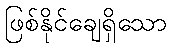
ဖြစ်နိုင်ချေရှိသော